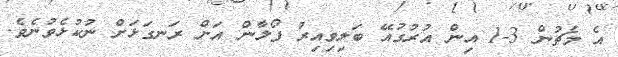
އެ މެޗުން 3-1 އިން އުރުގުއޭ ބަލިވިއިރު ފޯލާން އަށް ރަނގަޅަށް ނުކުޅެވުނެވެ.